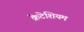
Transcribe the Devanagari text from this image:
क्रेटेशियम